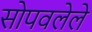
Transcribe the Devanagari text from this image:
सोपवलेले